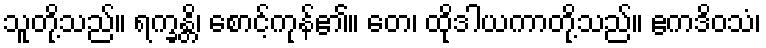
သူတို့သည်။ ရက္ခန္တိ၊ စောင့်ကုန်၏။ တေ၊ ထိုဒါယကာတို့သည်။ ဧကဒိဝသံ၊